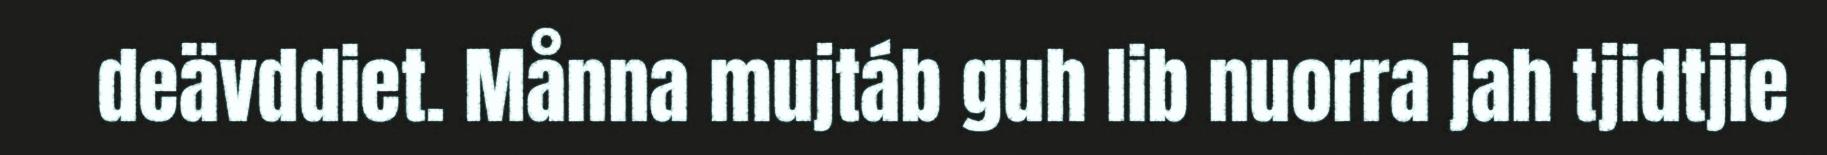
deävddiet. Månna mujtáb guh lib nuorra jah tjidtjie